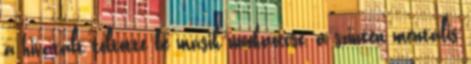
a hivatalt töltötte be másik unokaöccse, a szintén mentális